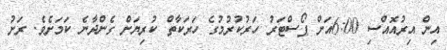
އިން އިރުއޮއްސި 6:00އަށް ޕޯސްޓަރު ހަރުކުރުމުގެ ހަރަކާތް ކުރިޔަށް ގެންދާނެ ކަމަށެވެ. ރަށު